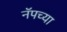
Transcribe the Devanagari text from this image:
नॅपच्या